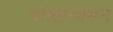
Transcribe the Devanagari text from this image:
बोस्टनवरून